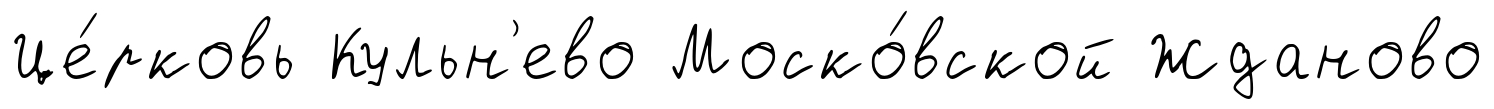
Це́рковь Кульн'ево Моско́вской Жданово